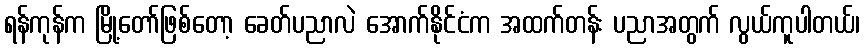
ရန်ကုန်က မြို့တော်ဖြစ်တော့ ခေတ်ပညာလဲ အောက်နိုင်ငံက အထက်တန်း ပညာအတွက် လွယ်ကူပါတယ်၊